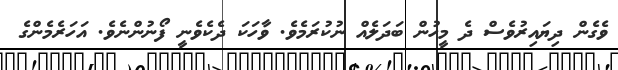
ވެގެން ދިޔައިރުވެސް ދެ މީހުން ބަދަލެއް ނުކުރަމެވެ. ވާހަކަ ދެކެވެނީ ފޯނުންނެވެ. އަހަރެމެންގެ